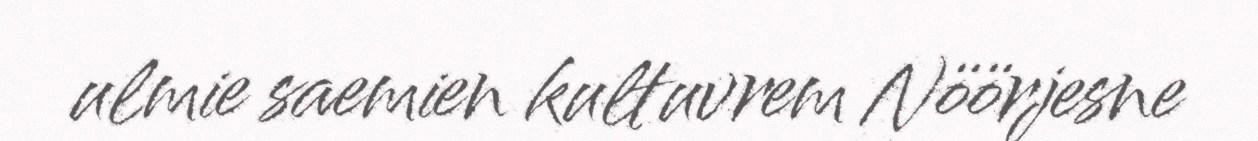
ulmie saemien kultuvrem Nöörjesne